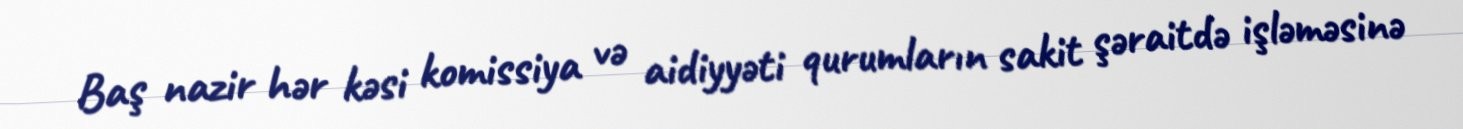
Baş nazir hər kəsi komissiya və aidiyyəti qurumların sakit şəraitdə işləməsinə